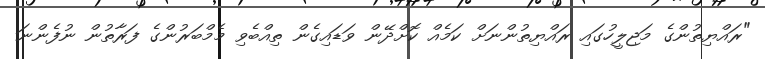
"ރައްޔިތުންގެ މަޖިލީހުގައި ރައްޔިތުންނަށް ކަމެއް ކޮށްދޭން ވަޑައިގެން ތިއްބެވި މެމްބަރުންގެ ފަރާތުން ނުފެންނަ